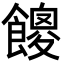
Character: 𩞝